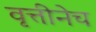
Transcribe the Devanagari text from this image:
वृत्तीनेच